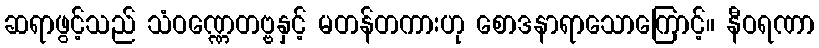
ဆရာဖွင့်သည် သံဝဏ္ဏေတဗ္ဗနှင့် မတန်တကားဟု စောဒနာရာသောကြောင့်။ နီဝရဏာ